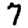
Digit: 7